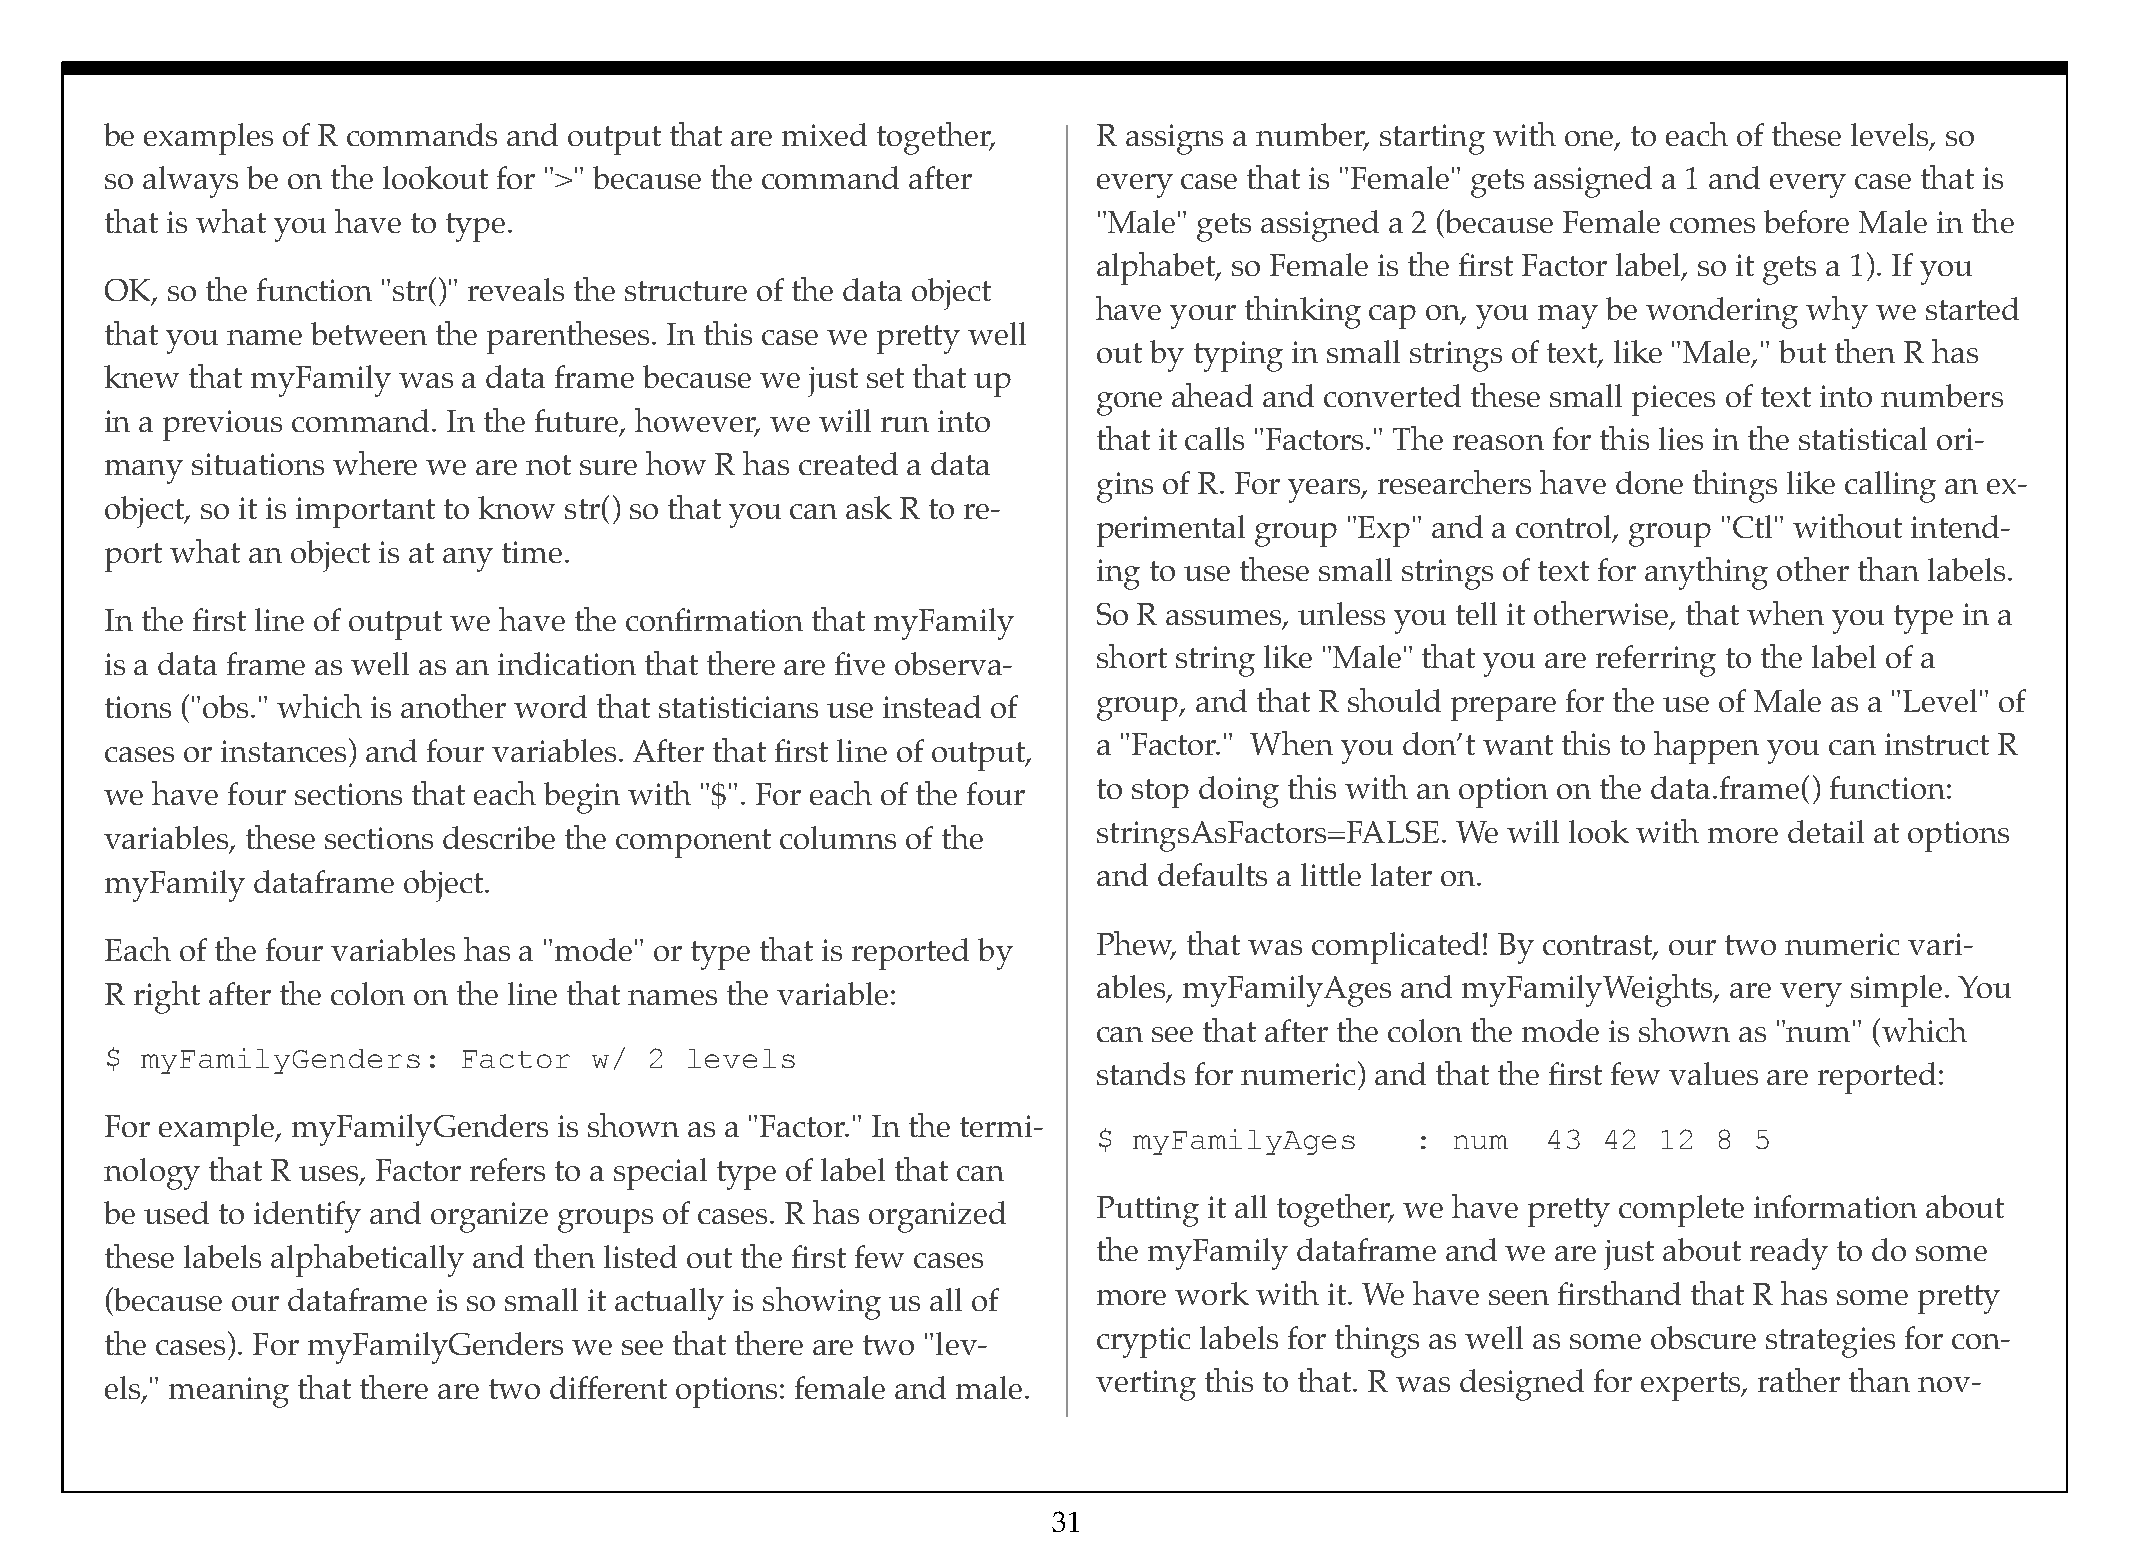
be examples of R commands  and output that are mixed together,    R assigns a number, starting with one, to each of these levels, so
 so always be on the lookout for ">" because the command after     every case that is "Female" gets assigned a 1 and every case that is
 that is what you have to type.                                    "Male" gets assigned a 2 (because Female comes before Male in the
 alphabet, so Female is the first Factor label, so it gets a 1). If you
 OK, so the function "str()" reveals the structure of the data object
 have your thinking cap on, you may be wondering why we started
 that you name between the parentheses. In this case we pretty well
 out by typing in small strings of text, like "Male," but then R has
 knew that myFamily was  a data frame because we just set that up
 gone ahead and converted these small pieces of text into numbers
 in a previous command. In the future, however, we will run into
 that it calls "Factors." The reason for this lies in the statistical ori-
 many  situations where we are not sure how R has created a data
 gins of R. For years, researchers have done things like calling an ex-
 object, so it is important to know str() so that you can ask R to re-
 perimental group "Exp" and a control, group "Ctl" without intend-
 port what an object is at any time.
 ing to use these small strings of text for anything other than labels.
 So R assumes, unless you tell it otherwise, that when you type in a
 In the first line of output we have the confirmation that myFamily
 short string like "Male" that you are referring to the label of a
 is a data frame as well as an indication that there are five observa-
 group, and that R should prepare for the use of Male as a "Level" of
 tions ("obs." which is another word that statisticians use instead of
 a "Factor." When you don’t want this to happen you can instruct R
 cases or instances) and four variables. After that first line of output,
 to stop doing this with an option on the data.frame() function:
 we have four sections that each begin with "$". For each of the four
 stringsAsFactors=FALSE. We will look with more detail at options
 variables, these sections describe the component columns of the
 and defaults a little later on.
 myFamily  dataframe object.
 Phew, that was complicated! By contrast, our two numeric vari-
 Each of the four variables has a "mode" or type that is reported by
 ables, myFamilyAges and myFamilyWeights,  are very simple. You
 R right after the colon on the line that names the variable:
 can see that after the colon the mode is shown as "num" (which
 $ myFamilyGenders:     Factor   w/  2 levels
 stands for numeric) and that the first few values are reported:
 For example, myFamilyGenders  is shown as a "Factor." In the termi-
 $ myFamilyAges       : num   43  42  12  8 5
 nology that R uses, Factor refers to a special type of label that can
 Putting it all together, we have pretty complete information about
 be used to identify and organize groups of cases. R has organized
 the myFamily dataframe and we are just about ready to do some
 these labels alphabetically and then listed out the first few cases
 more work with it. We have seen firsthand that R has some pretty
 (because our dataframe is so small it actually is showing us all of
 cryptic labels for things as well as some obscure strategies for con-
 the cases). For myFamilyGenders we see that there are two "lev-
 verting this to that. R was designed for experts, rather than nov-
 els," meaning that there are two different options: female and male.
 31